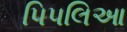
પિપલિઆ